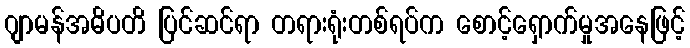
ဂျာမန်အဓိပတိ ပြင်ဆင်ရာ တရားရုံးတစ်ရပ်က စောင့်ရှောက်မှုအနေဖြင့်